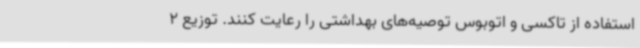
استفاده از تاکسی و اتوبوس توصیه‌های بهداشتی را رعایت کنند. توزیع 2